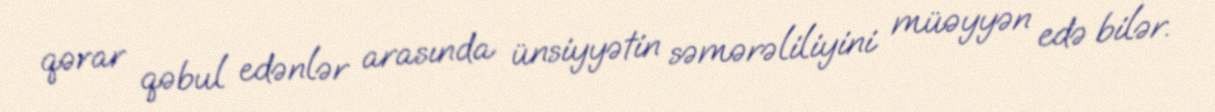
qərar qəbul edənlər arasında ünsiyyətin səmərəliliyini müəyyən edə bilər.